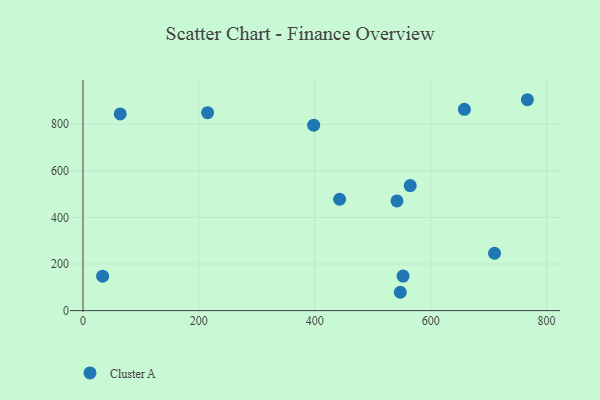
{"axis": {"x": "Investment", "y": "Exam Score"}, "legend": ["Cluster A"], "data": [{"x": "552.4", "y": 148.2, "type": "Cluster A"}, {"x": "442.9", "y": 478.0, "type": "Cluster A"}, {"x": "64.3", "y": 844.1, "type": "Cluster A"}, {"x": "33.9", "y": 147.7, "type": "Cluster A"}, {"x": "541.9", "y": 470.8, "type": "Cluster A"}, {"x": "398.1", "y": 795.7, "type": "Cluster A"}, {"x": "564.7", "y": 536.4, "type": "Cluster A"}, {"x": "547.6", "y": 78.6, "type": "Cluster A"}, {"x": "215.1", "y": 849.4, "type": "Cluster A"}, {"x": "658.2", "y": 863.8, "type": "Cluster A"}, {"x": "710.2", "y": 246.2, "type": "Cluster A"}, {"x": "766.9", "y": 905.1, "type": "Cluster A"}]}